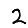
Digit: 2